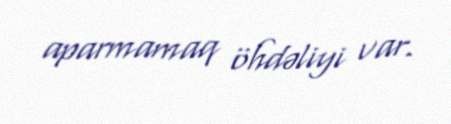
aparmamaq öhdəliyi var.